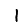
Digit: 1